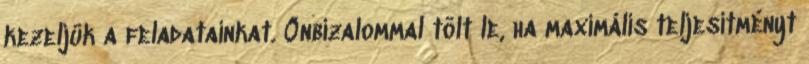
kezeljük a feladatainkat. Önbizalommal tölt le, ha maximális teljesítményt